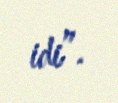
idi”.